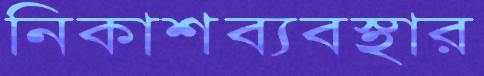
নিকাশব্যবস্থার